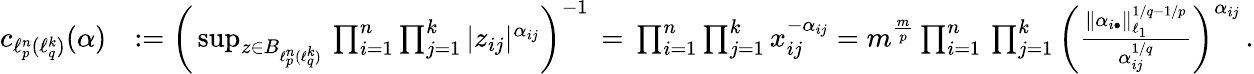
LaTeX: \begin{array}{rl}{c_{\ell_{p}^{n}(\ell_{q}^{k})}(\alpha)}&{:=\bigg(\operatorname*{sup}_{z\in B_{\ell_{p}^{n}(\ell_{q}^{k})}}\, \prod_{i=1}^{n}\prod_{j=1}^{k}|z_{ij}|^{\alpha_{ij}}\bigg)^{-1}\, =\, \prod_{i=1}^{n}\prod_{j=1}^{k}x_{ij}^{-\alpha_{ij}}=m^{\frac{m}{p}}\prod_{i=1}^{n}\, \prod_{j=1}^{k}\bigg(\frac{\| \alpha_{i\bullet}\| _{\ell_{1}}^{1/q-1/p}}{\alpha_{ij}^{1/q}}\bigg)^{\alpha_{ij}}\, .}\end{array}